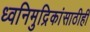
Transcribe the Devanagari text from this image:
ध्वनिमुद्रिकांसाठीही